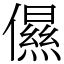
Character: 儑